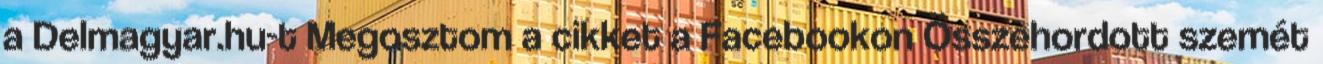
a Delmagyar.hu-t Megosztom a cikket a Facebookon Összehordott szemét